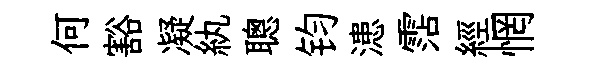
何豁凝紈聰钧漶霑經惘